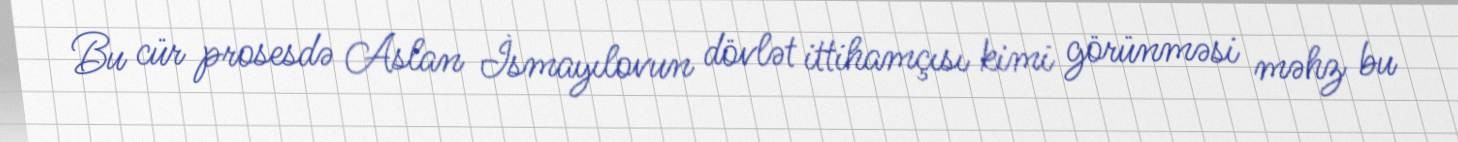
Bu cür prosesdə Aslan İsmayılovun dövlət ittihamçısı kimi görünməsi məhz bu